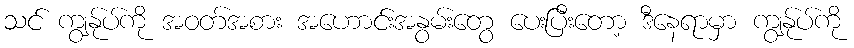
သင် ကျွန်ုပ်ကို အဝတ်အစား အဟောင်းအနွမ်းတွေ ပေးပြီးတော့ ဒီနေရာမှာ ကျွန်ုပ်ကို